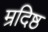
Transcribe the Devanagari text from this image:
म्रदिष्ठ